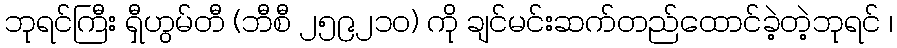
ဘုရင်ကြီး ရှီဟွမ်တီ (ဘီစီ ၂၅၉၂၁၀) ကို ချင်မင်းဆက်တည်ထောင်ခဲ့တဲ့ဘုရင် ၊